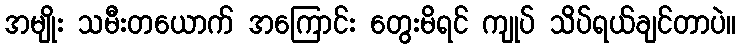
အမျိုး သမီးတယောက် အကြောင်း တွေးမိရင် ကျုပ် သိပ်ရယ်ချင်တာပဲ။